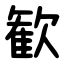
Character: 歓